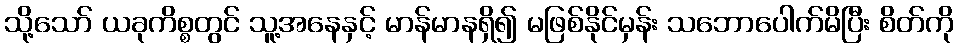
သို့သော် ယခုကိစ္စတွင် သူ့အနေနှင့် မာန်မာနရှိ၍ မဖြစ်နိုင်မှန်း သဘောပေါက်မိပြီး စိတ်ကို